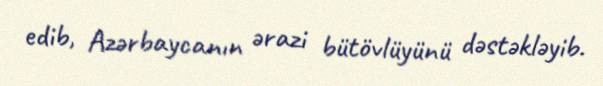
edib, Azərbaycanın ərazi bütövlüyünü dəstəkləyib.